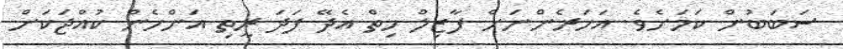
ސަބަބުން ކަމަށެވެ. އަހަރެންނަށް ފާޒިލް ހިތް އެދޭ ފަދަ ރީތި އަންހެން ކުއްޖަކަށް